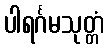
ပါရင်္ဂမသုတ္တံ